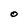
Character: O